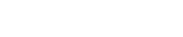
١٠